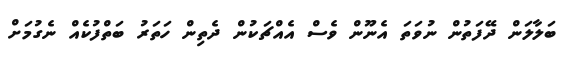
ބަލާލަން ދޭފަތުން ނުވަތަ އެނޫން ވެސް އެއްޗަކުން ދެތިން ހަތަރު ބަތްފުކެއް ނެގުމަށް